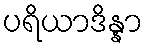
ပရိယာဒိန္နာ